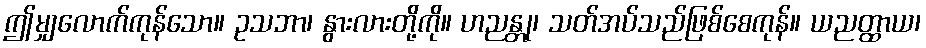
ဤမျှလောက်ကုန်သော။ ဥသဘာ၊ နွားလားတို့ကို။ ဟညန္တု၊ သတ်အပ်သည်ဖြစ်စေကုန်။ ယညတ္ထာယ၊